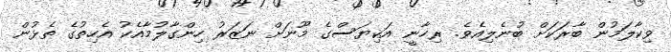
ވިކާލަމުން ބާރަކަށް ބުނެލިއެވެ. ރިހާނީ އަކިޔަސްގެ މޫނަށް ނަޒަރު ހިންގާލުމާއެކު އެހިތުގެ ތެޅުން